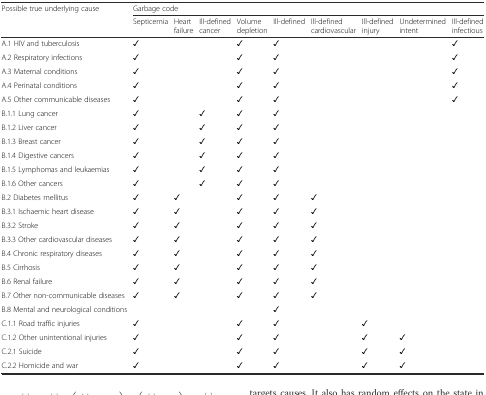
<table><thead><tr><td rowspan="2"><b>Possible true underlying cause</b></td><td colspan="9"><b>Garbage code</b></td></tr><tr><td><b>Septicemia</b></td><td><b>Heart failure</b></td><td><b>Ill-defined cancer</b></td><td><b>Volume depletion</b></td><td><b>Ill-defined</b></td><td><b>Ill-defined cardiovascular</b></td><td><b>Ill-defined injury</b></td><td><b>Undetermined intent</b></td><td><b>Ill-defined infectious</b></td></tr></thead><tbody><tr><td>A.1 HIV and tuberculosis</td><td>✓</td><td></td><td></td><td>✓</td><td>✓</td><td></td><td></td><td></td><td>✓</td></tr><tr><td>A.2 Respiratory infections</td><td>✓</td><td></td><td></td><td>✓</td><td>✓</td><td></td><td></td><td></td><td>✓</td></tr><tr><td>A.3 Maternal conditions</td><td>✓</td><td></td><td></td><td>✓</td><td>✓</td><td></td><td></td><td></td><td>✓</td></tr><tr><td>A.4 Perinatal conditions</td><td>✓</td><td></td><td></td><td>✓</td><td>✓</td><td></td><td></td><td></td><td>✓</td></tr><tr><td>A.5 Other communicable diseases</td><td>✓</td><td></td><td></td><td>✓</td><td>✓</td><td></td><td></td><td></td><td>✓</td></tr><tr><td>B.1.1 Lung cancer</td><td>✓</td><td></td><td>✓</td><td>✓</td><td>✓</td><td></td><td></td><td></td><td></td></tr><tr><td>B.1.2 Liver cancer</td><td>✓</td><td></td><td>✓</td><td>✓</td><td>✓</td><td></td><td></td><td></td><td></td></tr><tr><td>B.1.3 Breast cancer</td><td>✓</td><td></td><td>✓</td><td>✓</td><td>✓</td><td></td><td></td><td></td><td></td></tr><tr><td>B.1.4 Digestive cancers</td><td>✓</td><td></td><td>✓</td><td>✓</td><td>✓</td><td></td><td></td><td></td><td></td></tr><tr><td>B.1.5 Lymphomas and leukaemias</td><td>✓</td><td></td><td>✓</td><td>✓</td><td>✓</td><td></td><td></td><td></td><td></td></tr><tr><td>B.1.6 Other cancers</td><td>✓</td><td></td><td>✓</td><td>✓</td><td>✓</td><td></td><td></td><td></td><td></td></tr><tr><td>B.2 Diabetes mellitus</td><td>✓</td><td>✓</td><td></td><td>✓</td><td>✓</td><td>✓</td><td></td><td></td><td></td></tr><tr><td>B.3.1 Ischaemic heart disease</td><td>✓</td><td>✓</td><td></td><td>✓</td><td>✓</td><td>✓</td><td></td><td></td><td></td></tr><tr><td>B.3.2 Stroke</td><td>✓</td><td>✓</td><td></td><td>✓</td><td>✓</td><td>✓</td><td></td><td></td><td></td></tr><tr><td>B.3.3 Other cardiovascular diseases</td><td>✓</td><td>✓</td><td></td><td>✓</td><td>✓</td><td>✓</td><td></td><td></td><td></td></tr><tr><td>B.4 Chronic respiratory diseases</td><td>✓</td><td>✓</td><td></td><td>✓</td><td>✓</td><td>✓</td><td></td><td></td><td></td></tr><tr><td>B.5 Cirrhosis</td><td>✓</td><td>✓</td><td></td><td>✓</td><td>✓</td><td>✓</td><td></td><td></td><td></td></tr><tr><td>B.6 Renal failure</td><td>✓</td><td>✓</td><td></td><td>✓</td><td>✓</td><td>✓</td><td></td><td></td><td></td></tr><tr><td>B.7 Other non-communicable diseases</td><td>✓</td><td>✓</td><td></td><td>✓</td><td>✓</td><td>✓</td><td></td><td></td><td></td></tr><tr><td>B.8 Mental and neurological conditions</td><td></td><td></td><td></td><td></td><td>✓</td><td></td><td></td><td></td><td></td></tr><tr><td>C.1.1 Road traffic injuries</td><td>✓</td><td></td><td></td><td>✓</td><td>✓</td><td></td><td>✓</td><td></td><td></td></tr><tr><td>C.1.2 Other unintentional injuries</td><td>✓</td><td></td><td></td><td>✓</td><td>✓</td><td></td><td>✓</td><td>✓</td><td></td></tr><tr><td>C.2.1 Suicide</td><td>✓</td><td></td><td></td><td>✓</td><td>✓</td><td></td><td>✓</td><td>✓</td><td></td></tr><tr><td>C.2.2 Homicide and war</td><td>✓</td><td></td><td></td><td>✓</td><td>✓</td><td></td><td>✓</td><td>✓</td><td></td></tr></tbody></table>